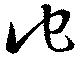
他